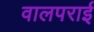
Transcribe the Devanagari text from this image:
वालपराई